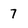
Character: 7